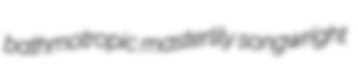
bathmotropic masterlily songwright